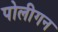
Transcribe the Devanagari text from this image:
पोलीगन